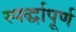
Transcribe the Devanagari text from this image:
स्पर्द्धापूर्ण